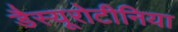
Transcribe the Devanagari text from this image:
डैस्यूरोटीनिया